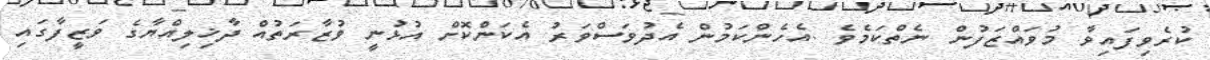
ކުރެވިފައިވާ މުވައްޒަފުން ނެތްކަމެވެ .އެހެންކަމުން އެދުވަސްވަރު އެކަންކޮށް އުޅުނީ ވުޒާރަތުއް ދާޚިލިއްޔާގެ ވަޒީފާގައި